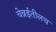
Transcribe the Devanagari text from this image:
चेन्नईतीलच